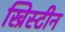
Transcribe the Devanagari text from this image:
ख्रिस्टीन